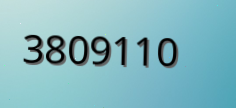
3809110